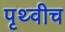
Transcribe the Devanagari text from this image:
पृथ्वीच